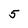
Character: 5